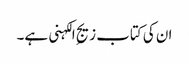
ان کی کتاب زیجِ الکہنی ہے۔